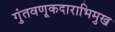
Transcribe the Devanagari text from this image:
गुंतवणूकदाराभिमुख